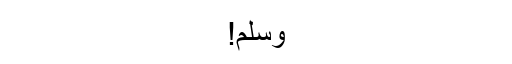
وَسَلَّمَ!